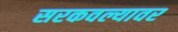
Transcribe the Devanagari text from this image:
सरकवल्यावर